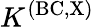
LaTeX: K^{\mathrm{(BC,X)}}